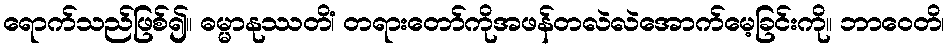
ရောက်သည်ဖြစ်၍။ ဓမ္မာနုဿတိံ၊ တရားတော်ကိုအဖန်တလဲလဲအောက်မေ့ခြင်းကို။ ဘာဝေတိ၊